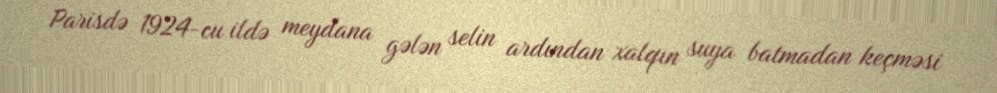
Parisdə 1924-cu ildə meydana gələn selin ardından xalqın suya batmadan keçməsi